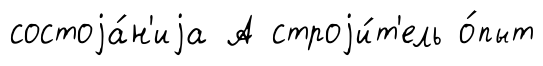
состоjа́н'иjа А строjи́т'ель о́пыт